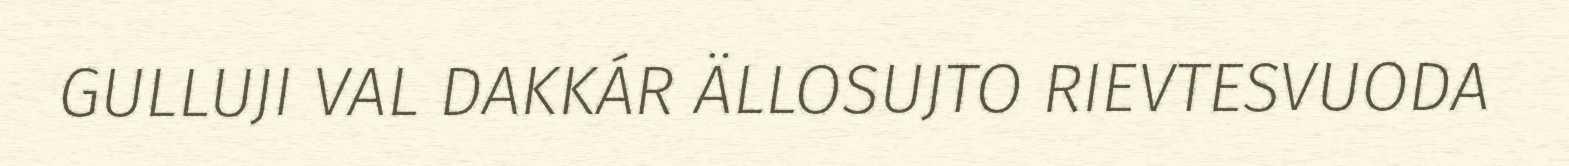
GULLUJI VAL DAKKÁR ÄLLOSUJTO RIEVTESVUODA